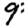
Digit: 9